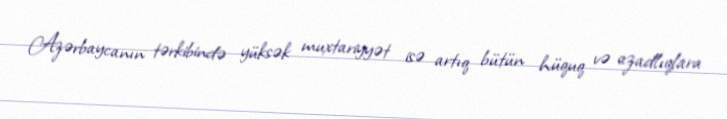
Azərbaycanın tərkibində yüksək muxtariyyət isə artıq bütün hüquq və azadlıqlara